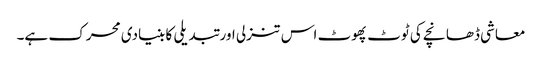
معاشی ڈھانچے کی ٹوٹ پھوٹ اس تنزلی اور تبدیلی کا بنیادی محرک ہے۔